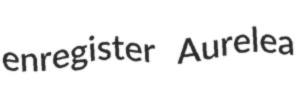
enregister Aurelea